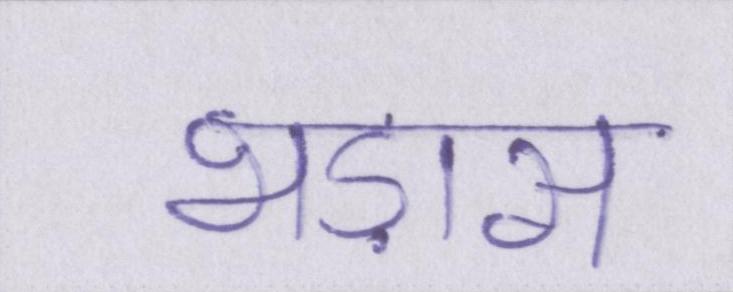
भड़ास